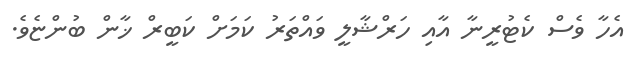
އެހާ ވެސް ކެޓުރީނާ އާއި ހަރްޝާލީ ވައްތަރު ކަމަށް ކަބީރް ޚާން ބުންޏެވެ.